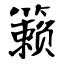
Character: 籁